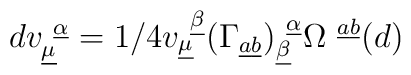
d v^{~\underline{\alpha}}_{\underline{\mu}} =  1/4 v^{~\underline{\beta}}_{\underline{\mu}} (\Gamma_{\underline{a}\underline{b}})^{~\underline{\alpha}}_{\underline{\beta}} \Omega^{~\underline{a}\underline{b}} (d)  \qquad